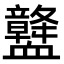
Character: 𧗛